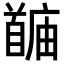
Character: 𬳙